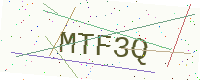
Text: MTF3Q